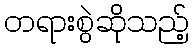
တရားစွဲဆိုသည့်